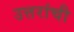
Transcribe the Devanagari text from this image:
उत्तरांची